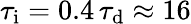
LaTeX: \tau_{\mathrm{i}}=0.4\, \tau_{\mathrm{d}}\approx 16